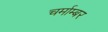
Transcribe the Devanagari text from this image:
चर्माम्बर